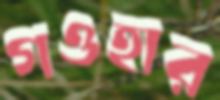
গওহার